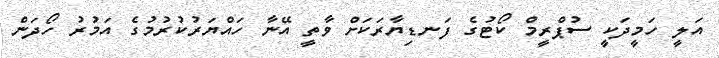
އަލީ ހަމީދަކީ ސުޕްރީމް ކޯޓުގެ ފަނޑިޔާރަކަށް ވާތީ އޭނާ ހައްޔަރުކުރުމުގެ އަމުރު ހޯދަން